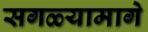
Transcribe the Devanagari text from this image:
सगळ्यामागे